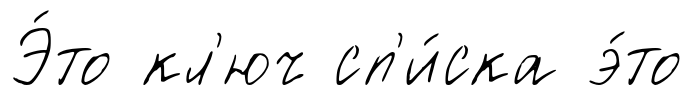
Э́то кл'юч сп'и́ска э́то